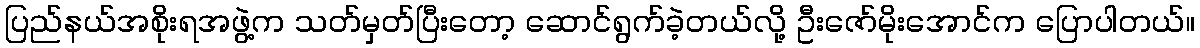
ပြည်နယ်အစိုးရအဖွဲ့က သတ်မှတ်ပြီးတော့ ဆောင်ရွက်ခဲ့တယ်လို့ ဦးဇော်မိုးအောင်က ပြောပါတယ်။